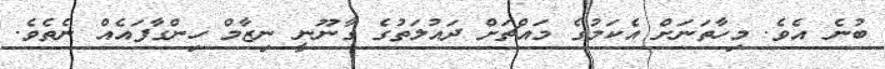
ބުނެ އެވެ. މިހާތަނަށް އެކަމުގެ މައްޗަށް ދައުލަތުގެ ގާނޫނީ ނިޒާމް ހިންގާފައެއް ނެތެވެ.